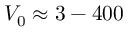
V _ { 0 } \approx 3 - 4 0 0